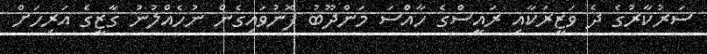
ސަރުކާރުގެ ދެ ވަޒީރަކާއި ރައީސްގެ ހާއްސަ މަންދޫބު ފޮނުވައިގެން ނުހެއްލުނު ގާޒީގެ އަރިހަށް